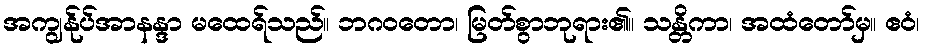
အကျွန်ုပ်အာနန္ဒာ မထေရ်သည်။ ဘဂဝတော၊ မြတ်စွာဘုရား၏။ သန္တိကာ၊ အထံတော်မှ။ ဧဝံ၊